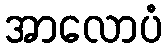
အာလောပံ